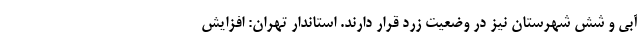
آبی و شش شهرستان نیز در وضعیت زرد قرار دارند. استاندار تهران: افزایش